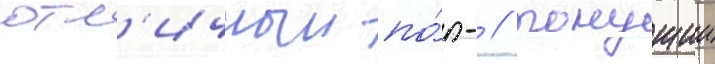
отл'ичныи по́п- / тонущии